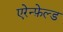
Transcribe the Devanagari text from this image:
एरेन्फ़ेल्ड